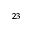
^ { 2 3 }